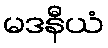
မဒနီယံ